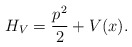
\begin{align*}H_V = \frac{p^2}{2} + V(x).\end{align*}